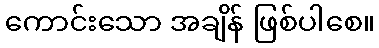
ကောင်းသော အချိန် ဖြစ်ပါစေ။